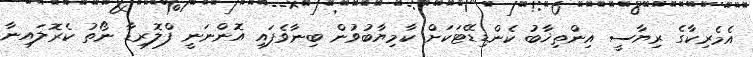
އެމެރިކާގެ ރިޔާސީ އިންތިޚާބު ކެންޑިޑޭޓަކަށް ކާމިޔާބުވުން ބިނާވެފައި އޮންނަނީ ފްލޮރިޑާ ނޯތު ކެރޮލައިނާ